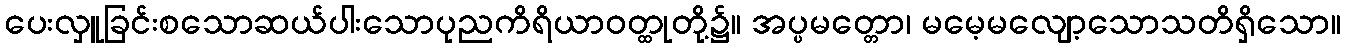
ပေးလှူခြင်းစသောဆယ်ပါးသောပုညကိရိယာဝတ္ထုတို့၌။ အပ္ပမတ္တော၊ မမေ့မလျော့သောသတိရှိသော။